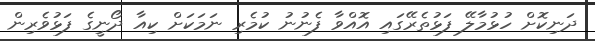
ދަނިކޮށް ހުޅުމާލޭ ފަޅުތެރޭގައި އޮއްވާ ފެނުނު ކުމެރި ނަމަކަށް ކިއާ ދޯނީގެ ފަޅުވެރިން